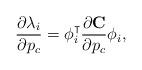
LaTeX: \begin{align*}\frac{\partial \lambda_i}{\partial p_c} = \phi_i^\intercal\frac{\partial \mathbf{C}}{\partial p_c}\phi_i,\end{align*}